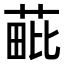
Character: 𦳈